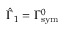
\hat { \Gamma } _ { 1 } = \Gamma _ { \mathrm { { s y m } } } ^ { 0 }